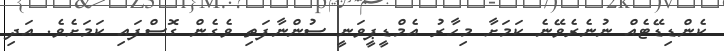
ކެންޑިޑޭޓެއް ނުނެރެވޭނެ ކަމަށާ މިހާރު އެމްޑީޕީވަނީ ސުންނާފަތި ވެގެން ގޮސްފައި ކަމަށެވެ. އަދި